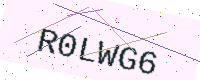
Text: R0LWG6